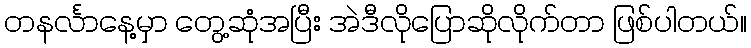
တနင်္လာနေ့မှာ တွေ့ဆုံအပြီး အဲဒီလိုပြောဆိုလိုက်တာ ဖြစ်ပါတယ်။